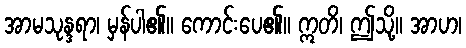
အာမသုန္ဒရာ၊ မှန်ပါ၏။ ကောင်းပေ၏။ ဣတိ၊ ဤသို့။ အာဟ၊